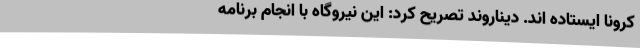
کرونا ایستاده اند. دیناروند تصریح کرد: این نیروگاه با انجام برنامه